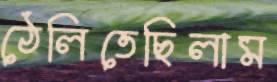
ঠেলিতেছিলাম